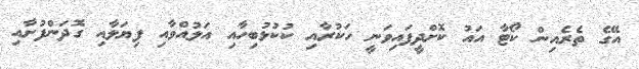
އޭގެ ތެރެއިން ކޯޓާ އައު ކޮށްދީފައިވަނީ ހަކުރާއި ކުކުޅުބިހާއި އަލުއްވާއި ފިޔަލާއި ގޮދަންފުށާއި